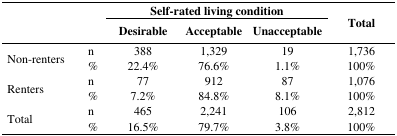
<table><thead><tr><td rowspan="2" colspan="2"></td><td colspan="3"><b>Self-rated living condition</b></td><td rowspan="2"><b>Total</b></td></tr><tr><td><b>Desirable</b></td><td><b>Acceptable</b></td><td><b>Unacceptable</b></td></tr></thead><tbody><tr><td rowspan="2">Non-renters</td><td>n</td><td>388</td><td>1,329</td><td>19</td><td>1,736</td></tr><tr><td>%</td><td>22.4%</td><td>76.6%</td><td>1.1%</td><td>100%</td></tr><tr><td rowspan="2">Renters</td><td>n</td><td>77</td><td>912</td><td>87</td><td>1,076</td></tr><tr><td>%</td><td>7.2%</td><td>84.8%</td><td>8.1%</td><td>100%</td></tr><tr><td rowspan="2">Total</td><td>n</td><td>465</td><td>2,241</td><td>106</td><td>2,812</td></tr><tr><td>%</td><td>16.5%</td><td>79.7%</td><td>3.8%</td><td>100%</td></tr></tbody></table>